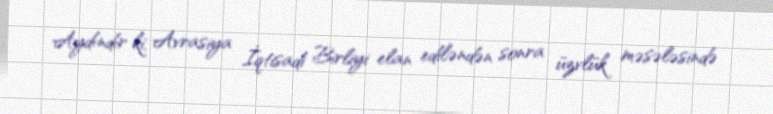
Aydındır ki, Avrasiya İqtisadi Birliyi elan ediləndən sonra üzvlük məsələsində